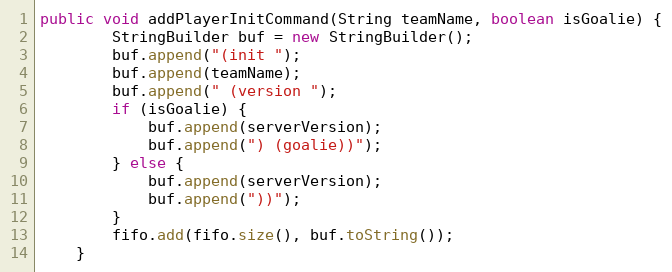
Language: Java
public void addPlayerInitCommand(String teamName, boolean isGoalie) {
        StringBuilder buf = new StringBuilder();
        buf.append("(init ");
        buf.append(teamName);
        buf.append(" (version ");
        if (isGoalie) {
            buf.append(serverVersion);
            buf.append(") (goalie))");
        } else {
            buf.append(serverVersion);
            buf.append("))");
        }
        fifo.add(fifo.size(), buf.toString());
    }